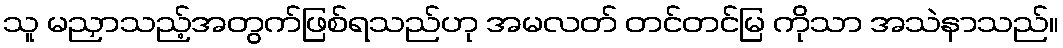
သူ မညှာသည့်အတွက်ဖြစ်ရသည်ဟု အမလတ် တင်တင်မြ ကိုသာ အသဲနာသည်။